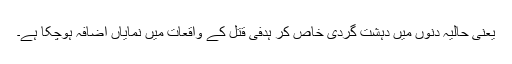
یعنی حالیہ دنوں میں دہشت گردی خاص کر ہدفی قتل کے واقعات میں نمایاں اضافہ ہوچکا ہے۔